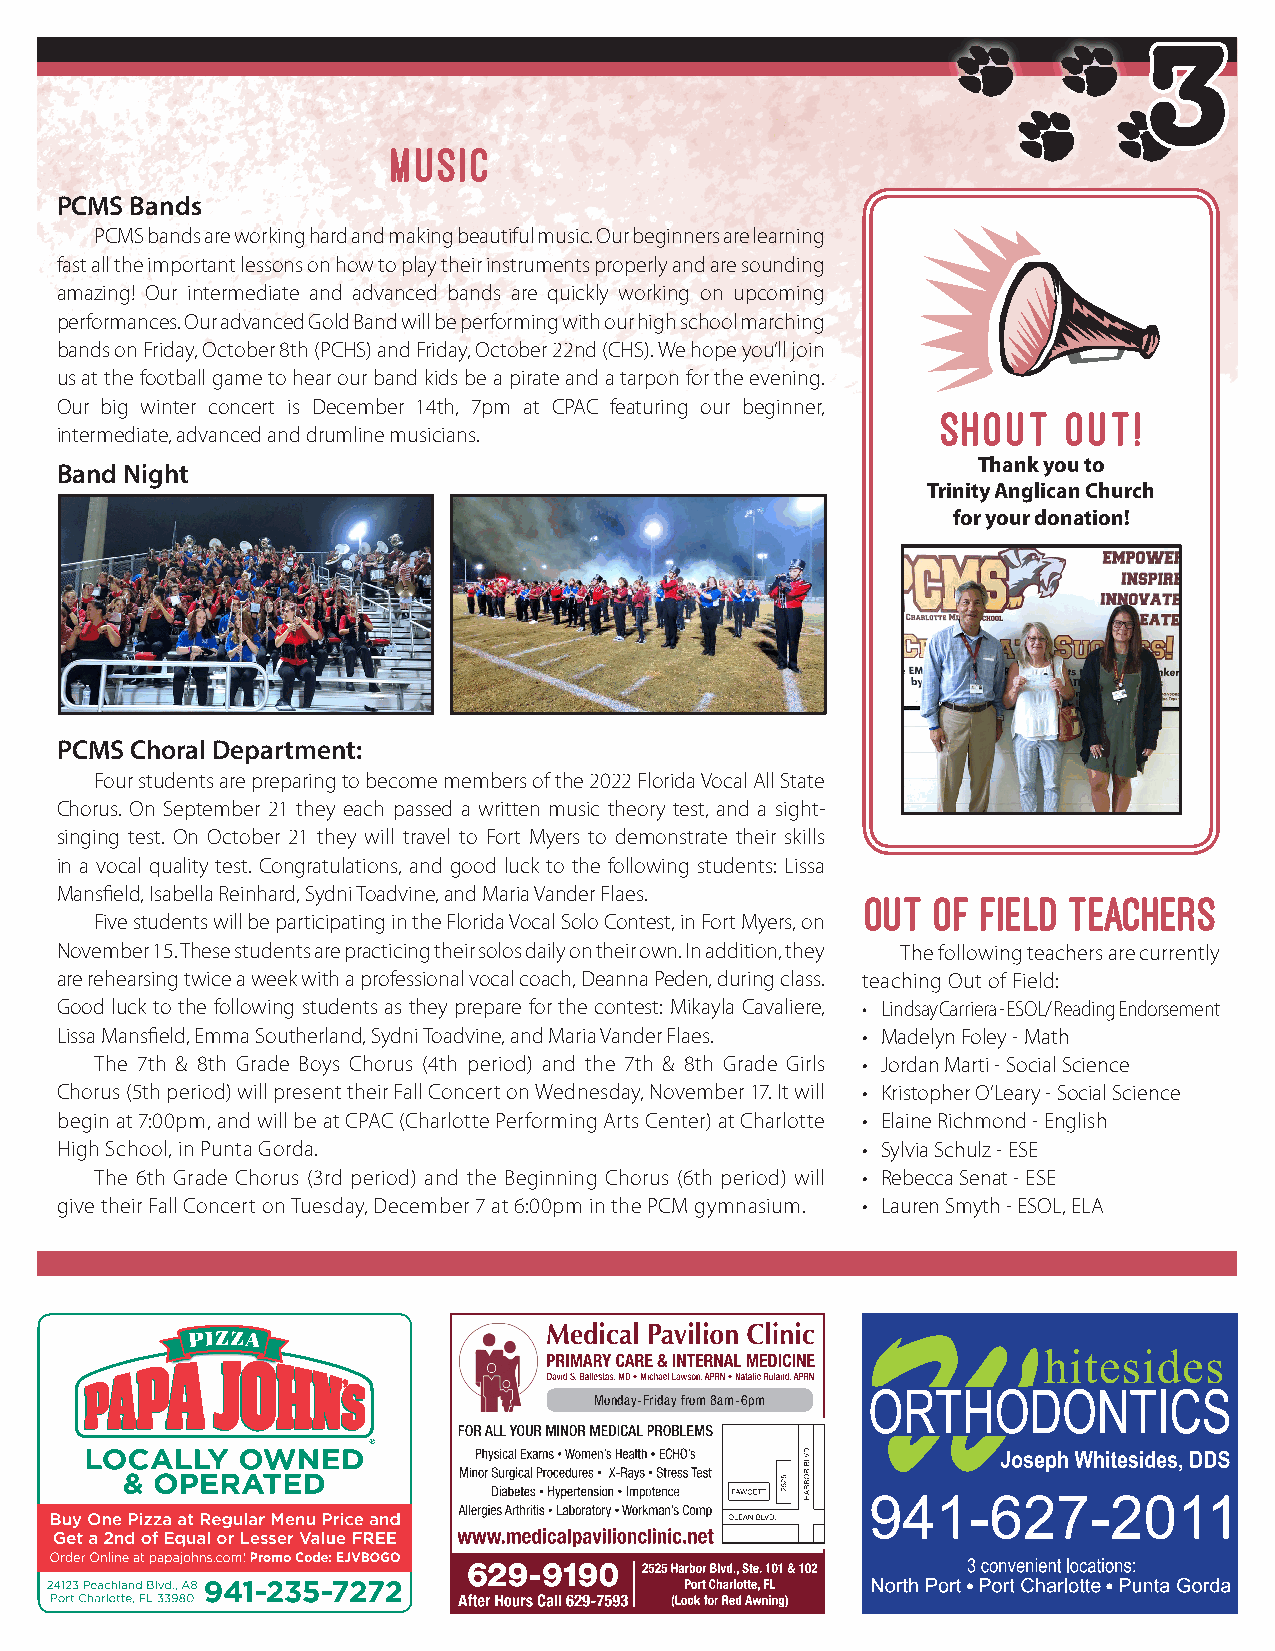
3
 MUSIC
 PCMS Bands
 PCMS bands are working hard and making beautiful music. Our beginners are learning
 fast all the important lessons on how to play their instruments properly and are sounding
 amazing! Our intermediate and advanced bands are quickly working on upcoming
 performances. Our advanced Gold Band will be performing with our high school marching
 bands on Friday, October 8th (PCHS) and Friday, October 22nd (CHS). We hope you’ll join
 us at the football game to hear our band kids be a pirate and a tarpon for the evening.
 Our big winter concert is December 14th, 7pm at CPAC featuring our beginner,
 Shout    Out!
 intermediate, advanced and drumline musicians.
 Thank you to
 Band Night
 Trinity Anglican Church
 for your donation!
 PCMS Choral Department:
 Four students are preparing to become members of the 2022 Florida Vocal All State
 Chorus. On September 21 they each passed a written music theory test, and a sight-
 singing test. On October 21 they will travel to Fort Myers to demonstrate their skills
 in a vocal quality test. Congratulations, and good luck to the following students: Lissa
 Mansfield, Isabella Reinhard, Sydni Toadvine, and Maria Vander Flaes.
 Out  of Field Teachers
 Five students will be participating in the Florida Vocal Solo Contest, in Fort Myers, on
 November 15. These students are practicing their solos daily on their own. In addition, they The following teachers are currently
 are rehearsing twice a week with a professional vocal coach, Deanna Peden, during class. teaching Out of Field:
 Good luck to the following students as they prepare for the contest: Mikayla Cavaliere, • Lindsay Carriera - ESOL/ Reading Endorsement
 Lissa Mansfield, Emma Southerland, Sydni Toadvine, and Maria Vander Flaes. • Madelyn Foley - Math
 The 7th & 8th Grade Boys Chorus (4th period) and the 7th & 8th Grade Girls • Jordan Marti - Social Science
 Chorus (5th period) will present their Fall Concert on Wednesday, November 17. It will • Kristopher O’Leary - Social Science
 begin at 7:00pm, and will be at CPAC (Charlotte Performing Arts Center) at Charlotte • Elaine Richmond - English
 High School, in Punta Gorda.                         • Sylvia Schulz - ESE
 The 6th Grade Chorus (3rd period) and the Beginning Chorus (6th period) will • Rebecca Senat - ESE
 give their Fall Concert on Tuesday, December 7 at 6:00pm in the PCM gymnasium. • Lauren Smyth - ESOL, ELA
 Monday-Friday from 8am-6pm